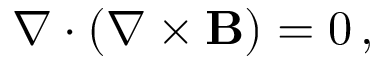
\nabla \cdot ( \nabla \times \mathbf { B } ) = 0 \, ,